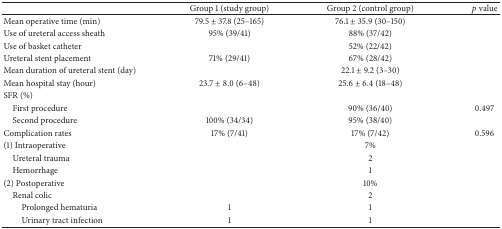
<table><thead><tr><td>[EMPTY_CELL]</td><td><b>Group 1 (study group)</b></td><td><b> Group 2 (control group)</b></td><td><b><i>p</i> value</b></td></tr></thead><tbody><tr><td>Mean operative time (min)</td><td> 79.5 ± 37.8 (25–165) </td><td> 76.1 ± 35.9 (30–150)</td><td>[EMPTY_CELL]</td></tr><tr><td>Use of ureteral access sheath</td><td> 95% (39/41) </td><td> 88% (37/42)</td><td>[EMPTY_CELL]</td></tr><tr><td>Use of basket catheter </td><td>[EMPTY_CELL]</td><td> 52% (22/42)</td><td>[EMPTY_CELL]</td></tr><tr><td>Ureteral stent placement </td><td> 71% (29/41)</td><td> 67% (28/42)</td><td>[EMPTY_CELL]</td></tr><tr><td>Mean duration of ureteral stent (day)</td><td>[EMPTY_CELL]</td><td> 22.1 ± 9.2 (3–30)</td><td>[EMPTY_CELL]</td></tr><tr><td>Mean hospital stay (hour) </td><td> 23.7 ± 8.0 (6–48)</td><td> 25.6 ± 6.4 (18–48)</td><td>[EMPTY_CELL]</td></tr><tr><td>SFR (%)</td><td>[EMPTY_CELL]</td><td>[EMPTY_CELL]</td><td>[EMPTY_CELL]</td></tr><tr><td> First procedure</td><td>[EMPTY_CELL]</td><td> 90% (36/40)</td><td>0.497</td></tr><tr><td> Second procedure</td><td> 100% (34/34)</td><td> 95% (38/40) </td><td>[EMPTY_CELL]</td></tr><tr><td>Complication rates</td><td> 17% (7/41)</td><td> 17% (7/42)</td><td>0.596</td></tr><tr><td>(1) Intraoperative</td><td>[EMPTY_CELL]</td><td> 7%</td><td>[EMPTY_CELL]</td></tr><tr><td> Ureteral trauma</td><td>[EMPTY_CELL]</td><td> 2</td><td>[EMPTY_CELL]</td></tr><tr><td> Hemorrhage</td><td>[EMPTY_CELL]</td><td> 1</td><td>[EMPTY_CELL]</td></tr><tr><td>(2) Postoperative</td><td>[EMPTY_CELL]</td><td> 10%</td><td>[EMPTY_CELL]</td></tr><tr><td> Renal colic</td><td>[EMPTY_CELL]</td><td> 2</td><td>[EMPTY_CELL]</td></tr><tr><td>Prolonged hematuria</td><td> 1</td><td> 1</td><td>[EMPTY_CELL]</td></tr><tr><td>Urinary tract infection</td><td> 1</td><td> 1</td><td>[EMPTY_CELL]</td></tr></tbody></table>